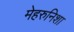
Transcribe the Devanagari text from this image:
मेहरुनिशा